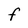
Character: F